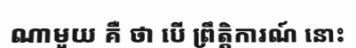
ណាមួយ គឺ ថា បើ ព្រឹត្តិការណ៍ នោះ